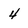
Character: 4